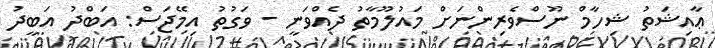
ޢާއިޝަތު ޝިހާމް ނޫސްވެރިންނަށް މައުލޫމާތު ދެއްވަނީ - ވަގުތު އިމޭޖަސް: އަބްދު އަބީދު